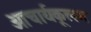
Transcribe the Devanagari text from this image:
आचार्यकूलम